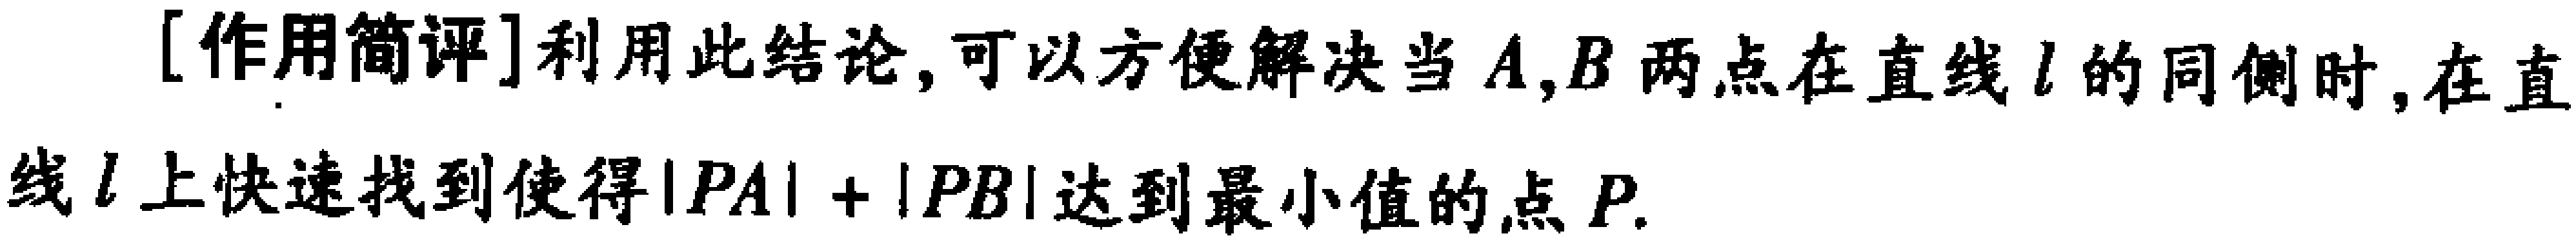
[作用简评]利用此结论,可以方便解决当\(A,B\)两点在直线\(l\)的同侧时,在直线\(l\)上快速找到使得\(\vert PA\vert+\vert PB\vert\)达到最小值的点\(P\).